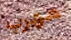
مهرب